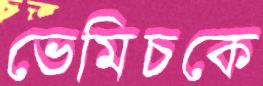
ভেমিচকে